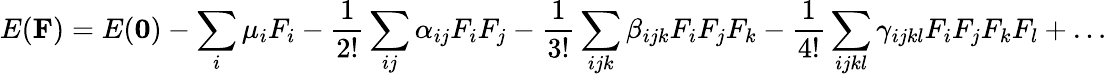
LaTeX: E({\mathbf F})=E({\mathbf 0})-\sum_{i}\mu_{i}F_{i}-\frac{1}{2!}\sum_{ij}\alpha_{ij}F_{i}F_{j}-\frac{1}{3!}\sum_{ijk}\beta_{ijk}F_{i}F_{j}F_{k}-\frac{1}{4!}\sum_{ijkl}\gamma_{ijkl}F_{i}F_{j}F_{k}F_{l}+\dots